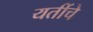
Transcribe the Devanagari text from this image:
यतींचे